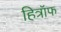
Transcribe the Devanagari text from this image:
हित्रॉफ